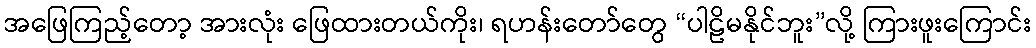
အဖြေကြည့်တော့ အားလုံး ဖြေထားတယ်ကိုး၊ ရဟန်းတော်တွေ “ပါဠိမနိုင်ဘူး”လို့ ကြားဖူးကြောင်း